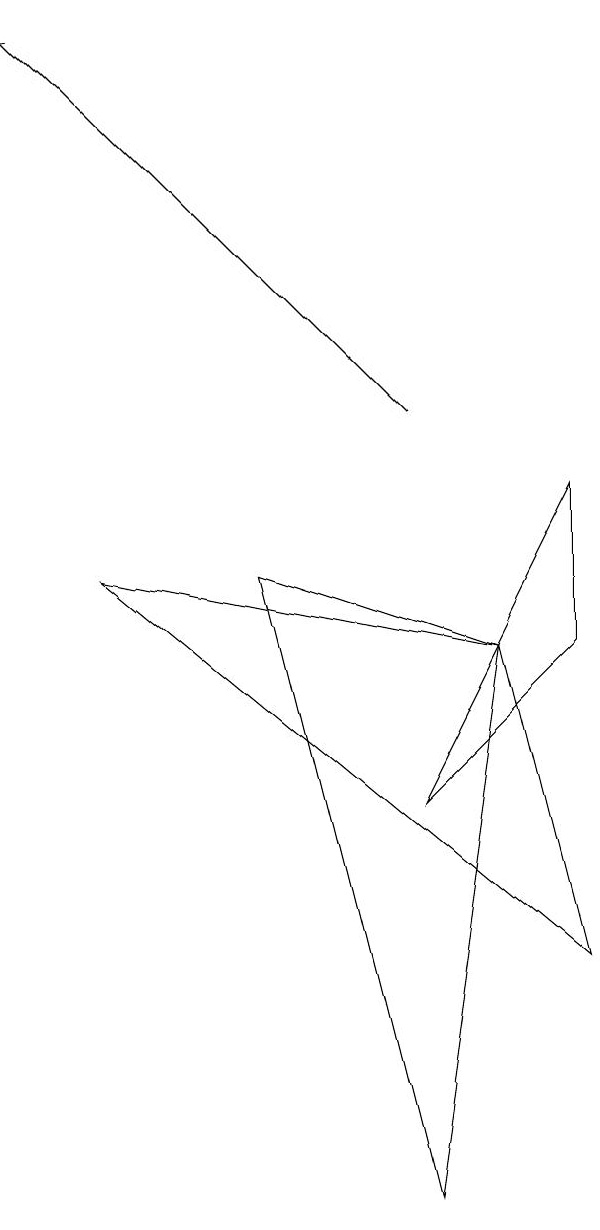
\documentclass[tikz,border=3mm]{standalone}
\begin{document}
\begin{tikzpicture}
\draw (7,7) -- (2,8) -- (8,3) -- cycle;
\draw (8,7) -- (6,5) -- (8,9) -- cycle;
\draw (6,0) -- (7,7) -- (4,8) -- cycle;
\draw[->] (6,10) -- (1,15);
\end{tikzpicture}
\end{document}